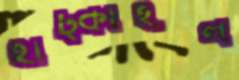
হাঁট্‌কাইল